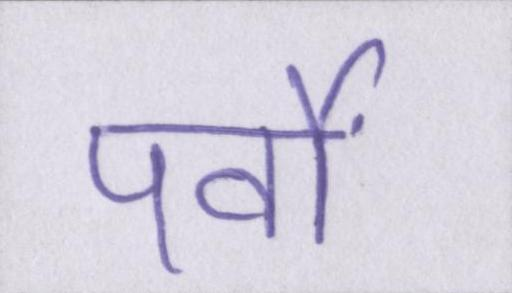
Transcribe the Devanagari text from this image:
पर्वों